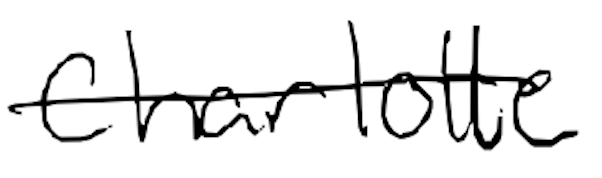
Text: Charlotte
Cross-out: single-line
Writing tool: digital_black